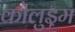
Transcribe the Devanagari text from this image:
कोलुइम